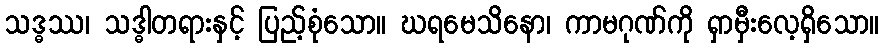
သဒ္ဓဿ၊ သဒ္ဓါတရားနှင့် ပြည့်စုံသော။ ဃရမေသိနော၊ ကာမဂုဏ်ကို ရှာမှီးလေ့ရှိသော။